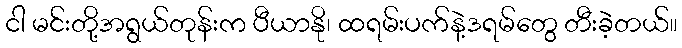
ငါ မင်းတို့အရွယ်တုန်းက ပီယာနို၊ ထရမ်းပက်နဲ့ဒရမ်တွေ တီးခဲ့တယ်။